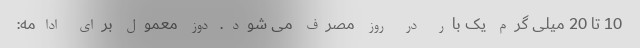
10 تا 20 میلی گرم یک بار در روز مصرف می شود. دوز معمول برای ادامه: